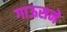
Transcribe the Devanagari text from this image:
गाऊसने